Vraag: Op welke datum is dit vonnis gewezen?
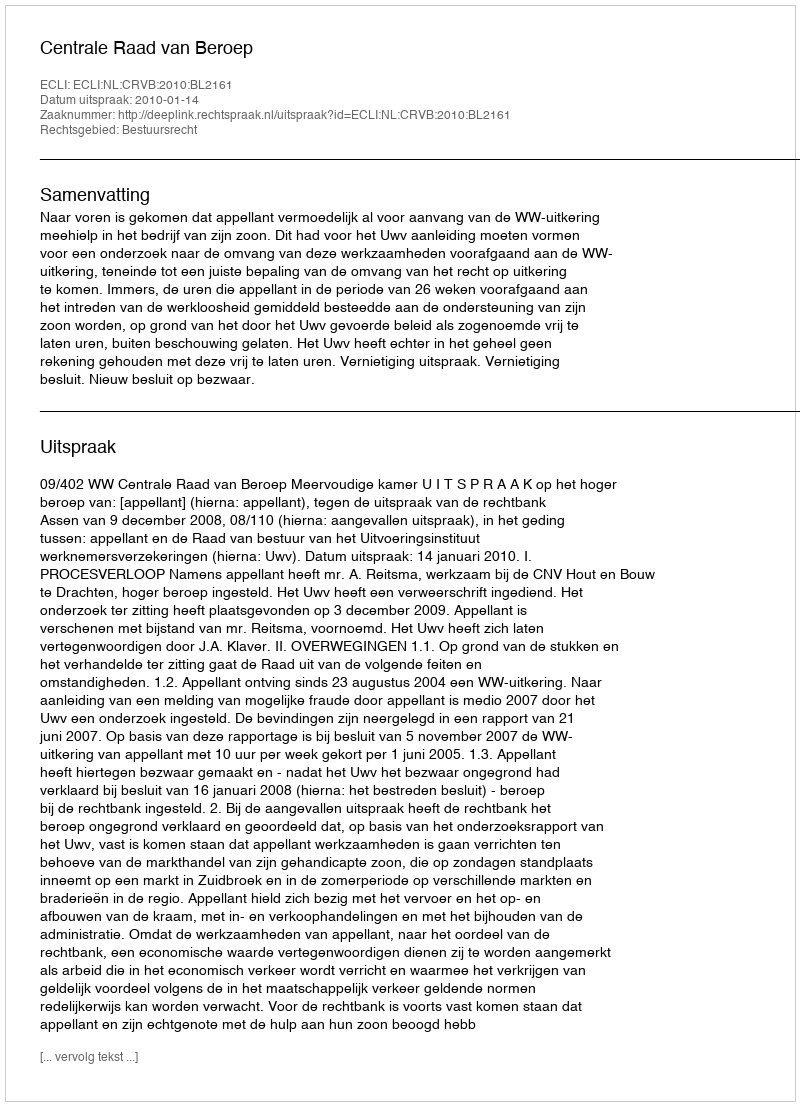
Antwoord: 2010-01-14